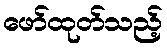
ဖော်ထုတ်သည့်